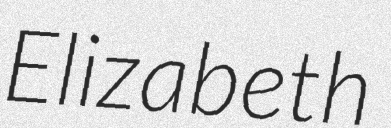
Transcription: Elizabeth